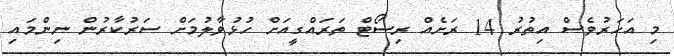
މި އަހަރުވެސް އިތުރު 14 ރަށެއް ރިސޯޓް ތަރައްގީއަށް ހުޅުވާލުމަށް ސަރުކާރުން ނިންމައި